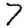
Digit: 7